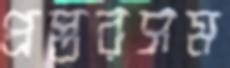
প্রস্তরসম